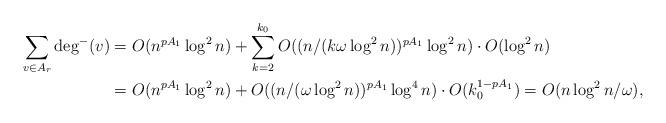
LaTeX: \begin{align*}\sum_{v \in A_r} \deg^-(v) &= O(n^{pA_1} \log^2 n) + \sum_{k=2}^{k_0} O((n/(k \omega \log^2 n) )^{pA_1} \log^2 n) \cdot O(\log^2 n) \\&= O(n^{pA_1} \log^2 n) + O((n/(\omega \log^2 n) )^{pA_1} \log^4 n) \cdot O( k_0^{1-pA_1}) = O(n \log^2 n / \omega),\end{align*}